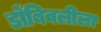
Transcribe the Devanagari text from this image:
डोंबिवलीला